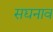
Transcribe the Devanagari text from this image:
सद्यनाव